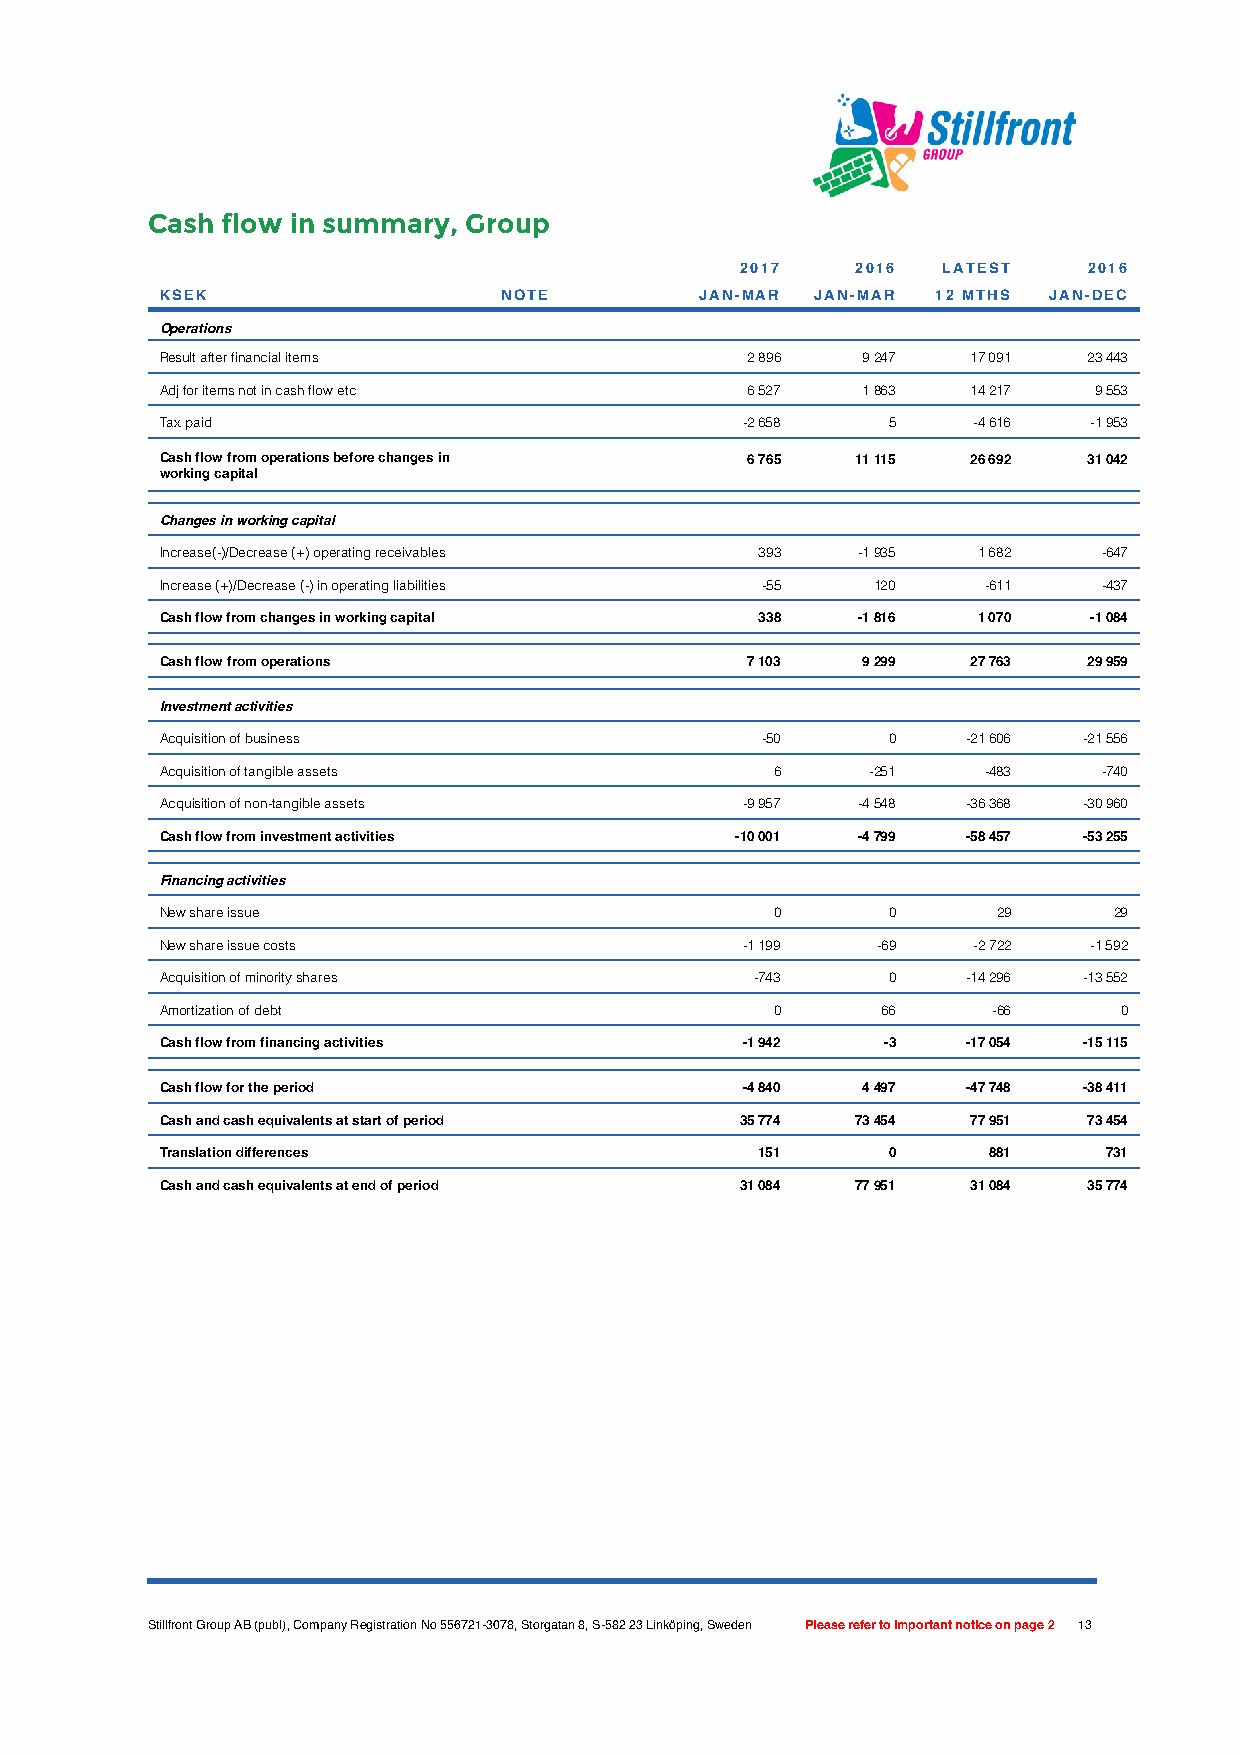
Cash flow in summary, Group
 2017    2016 LATEST    2016
 KSEK                  NOTE         JAN-MAR JAN-MAR 12 MTHS JAN-DEC
 Operations
 Result after financial items          2 896   9 247  17 091  23 443
 Adj for items not in cash flow etc    6 527   1 863  14 217  9 553
 Tax paid                              -2 658    5    -4 616  -1 953
 Cash flow from operations before changes in 6 765 11 115 26 692 31 042
 working capital
 Changes in working capital
 Increase(-)/Decrease (+) operating receivables 393 -1 935 1 682 -647
 Increase (+)/Decrease (-) in operating liabilities -55 120 -611 -437
 Cash flow from changes in working capital 338 -1 816  1 070  -1 084
 0
 Cash flow from operations             7 103   9 299  27 763  29 959
 Investment activities
 Acquisition of business                -50      0    -21 606 -21 556
 Acquisition of tangible assets          6      -251   -483    -740
 Acquisition of non-tangible assets    -9 957  -4 548 -36 368 -30 960
 Cash flow from investment activities  -10 001 -4 799 -58 457 -53 255
 Financing activities
 New share issue                         0       0      29      29
 New share issue costs                 -1 199   -69   -2 722  -1 592
 Acquisition of minority shares         -743     0    -14 296 -13 552
 Amortization of debt                    0      66      -66     0
 Cash flow from financing activities   -1 942    -3   -17 054 -15 115
 Cash flow for the period              -4 840  4 497  -47 748 -38 411
 Cash and cash equivalents at start of period 35 774 73 454 77 951 73 454
 Translation differences                151      0     881     731
 Cash and cash equivalents at end of period 31 084 77 951 31 084 35 774
 Stillfront Group AB (publ), Company Registration No 556721-3078, Storgatan 8, S-582 23 Linköping, Sweden Please refer to important notice on page 2 13